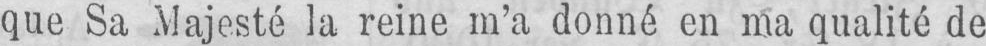
que Sa Majesté la reine m’a donné en ma qualité de